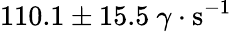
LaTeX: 110.1\pm 15.5~\gamma\cdot\mathrm{s^{-1}}